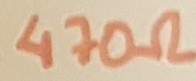
Text: 470Ω